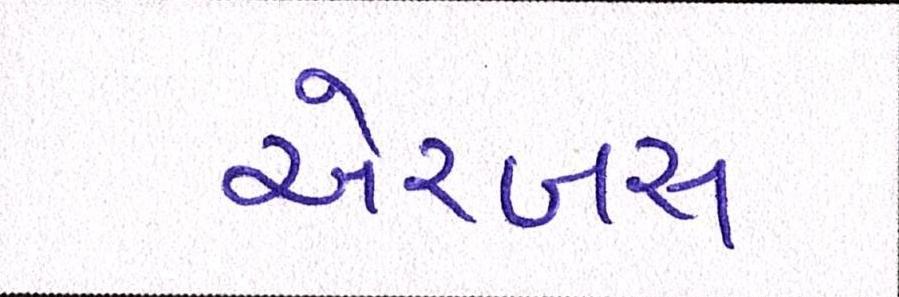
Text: એરબસ